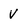
Character: V